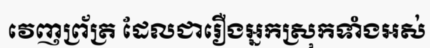
វេញព្រ័ត្រ ដែលជារឿងអ្នកស្រុកទាំងអស់